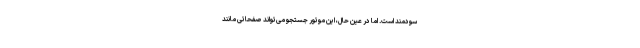
سودمند است. اما در عین حال، این موتور جستجو می‌تواند صفحاتی مانند